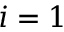
i = 1